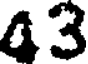
43